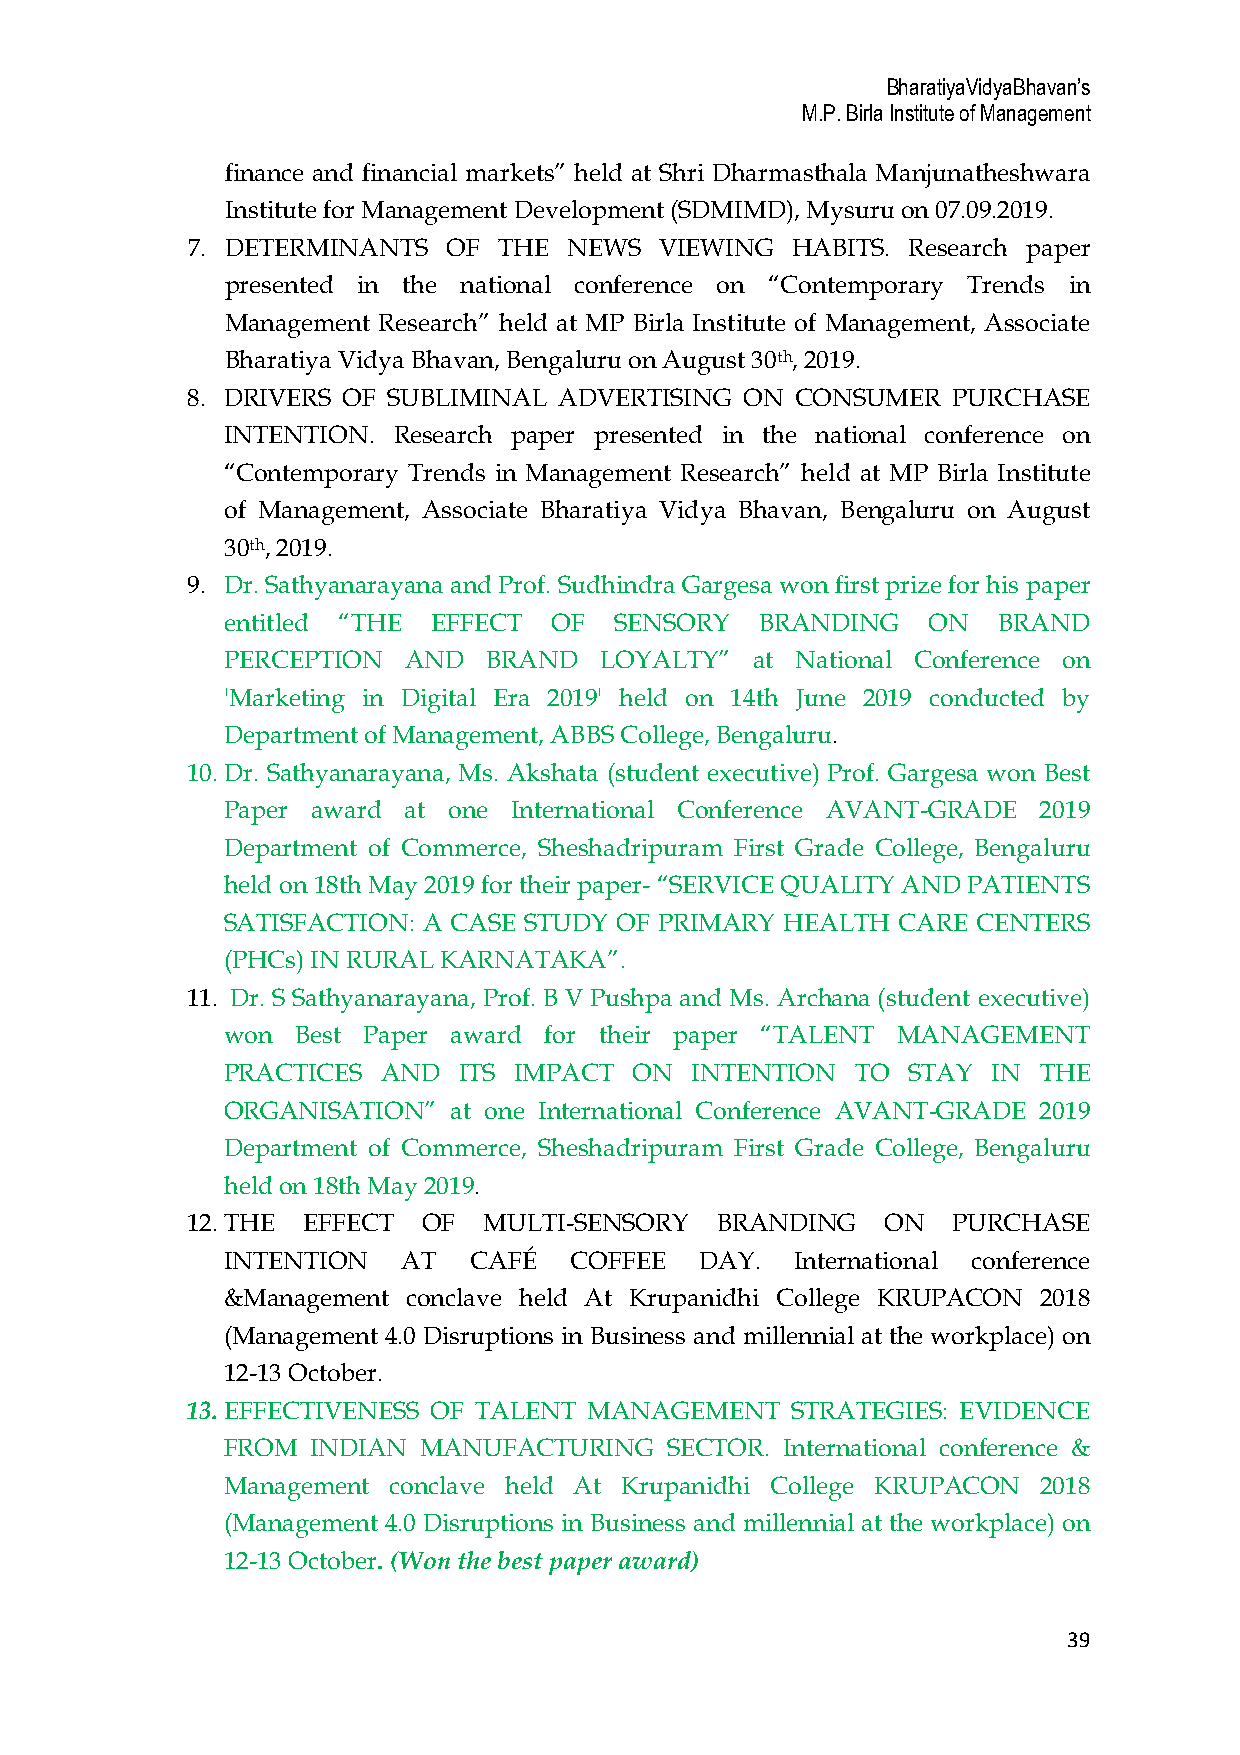
BharatiyaVidyaBhavan’s
 M.P. Birla Institute of Management
 finance and financial markets” held at Shri Dharmasthala Manjunatheshwara
 Institute for Management Development (SDMIMD), Mysuru on 07.09.2019.
 7. DETERMINANTS   OF THE  NEWS  VIEWING HABITS. Research paper
 presented in the national conference on “Contemporary Trends in
 Management Research” held at MP Birla Institute of Management, Associate
 Bharatiya Vidya Bhavan, Bengaluru on August 30th, 2019.
 8. DRIVERS OF SUBLIMINAL ADVERTISING ON  CONSUMER  PURCHASE
 INTENTION. Research paper presented in the national conference on
 “Contemporary Trends in Management Research” held at MP Birla Institute
 of Management, Associate Bharatiya Vidya Bhavan, Bengaluru on August
 30th, 2019.
 9. Dr. Sathyanarayana and Prof. Sudhindra Gargesa won first prize for his paper
 entitled “THE EFFECT  OF  SENSORY  BRANDING   ON   BRAND
 PERCEPTION  AND  BRAND   LOYALTY”  at National Conference on
 'Marketing in Digital Era 2019' held on 14th June 2019 conducted by
 Department of Management, ABBS College, Bengaluru.
 10.Dr. Sathyanarayana, Ms. Akshata (student executive) Prof. Gargesa won Best
 Paper award at one International Conference AVANT-GRADE 2019
 Department of Commerce, Sheshadripuram First Grade College, Bengaluru
 held on 18th May 2019 for their paper- “SERVICE QUALITY AND PATIENTS
 SATISFACTION: A CASE STUDY OF PRIMARY HEALTH CARE CENTERS
 (PHCs) IN RURAL KARNATAKA”.
 11. Dr. S Sathyanarayana, Prof. B V Pushpa and Ms. Archana (student executive)
 won  Best Paper award for their paper “TALENT MANAGEMENT
 PRACTICES AND  ITS IMPACT  ON  INTENTION  TO STAY  IN THE
 ORGANISATION”  at one International Conference AVANT-GRADE 2019
 Department of Commerce, Sheshadripuram First Grade College, Bengaluru
 held on 18th May 2019.
 12.THE  EFFECT  OF  MULTI-SENSORY  BRANDING    ON  PURCHASE
 INTENTION   AT  CAFÉ   COFFEE  DAY.   International conference
 &Management conclave held At Krupanidhi College KRUPACON 2018
 (Management 4.0 Disruptions in Business and millennial at the workplace) on
 12-13 October.
 13.EFFECTIVENESS OF TALENT MANAGEMENT   STRATEGIES: EVIDENCE
 FROM  INDIAN MANUFACTURING   SECTOR. International conference &
 Management conclave held At Krupanidhi College KRUPACON 2018
 (Management 4.0 Disruptions in Business and millennial at the workplace) on
 12-13 October. (Won the best paper award)
 39